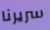
سريرنا